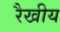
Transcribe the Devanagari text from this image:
रैखीय